38_143685_box_Incident_Summaries_101-172
Agency: Department of War
Page 137
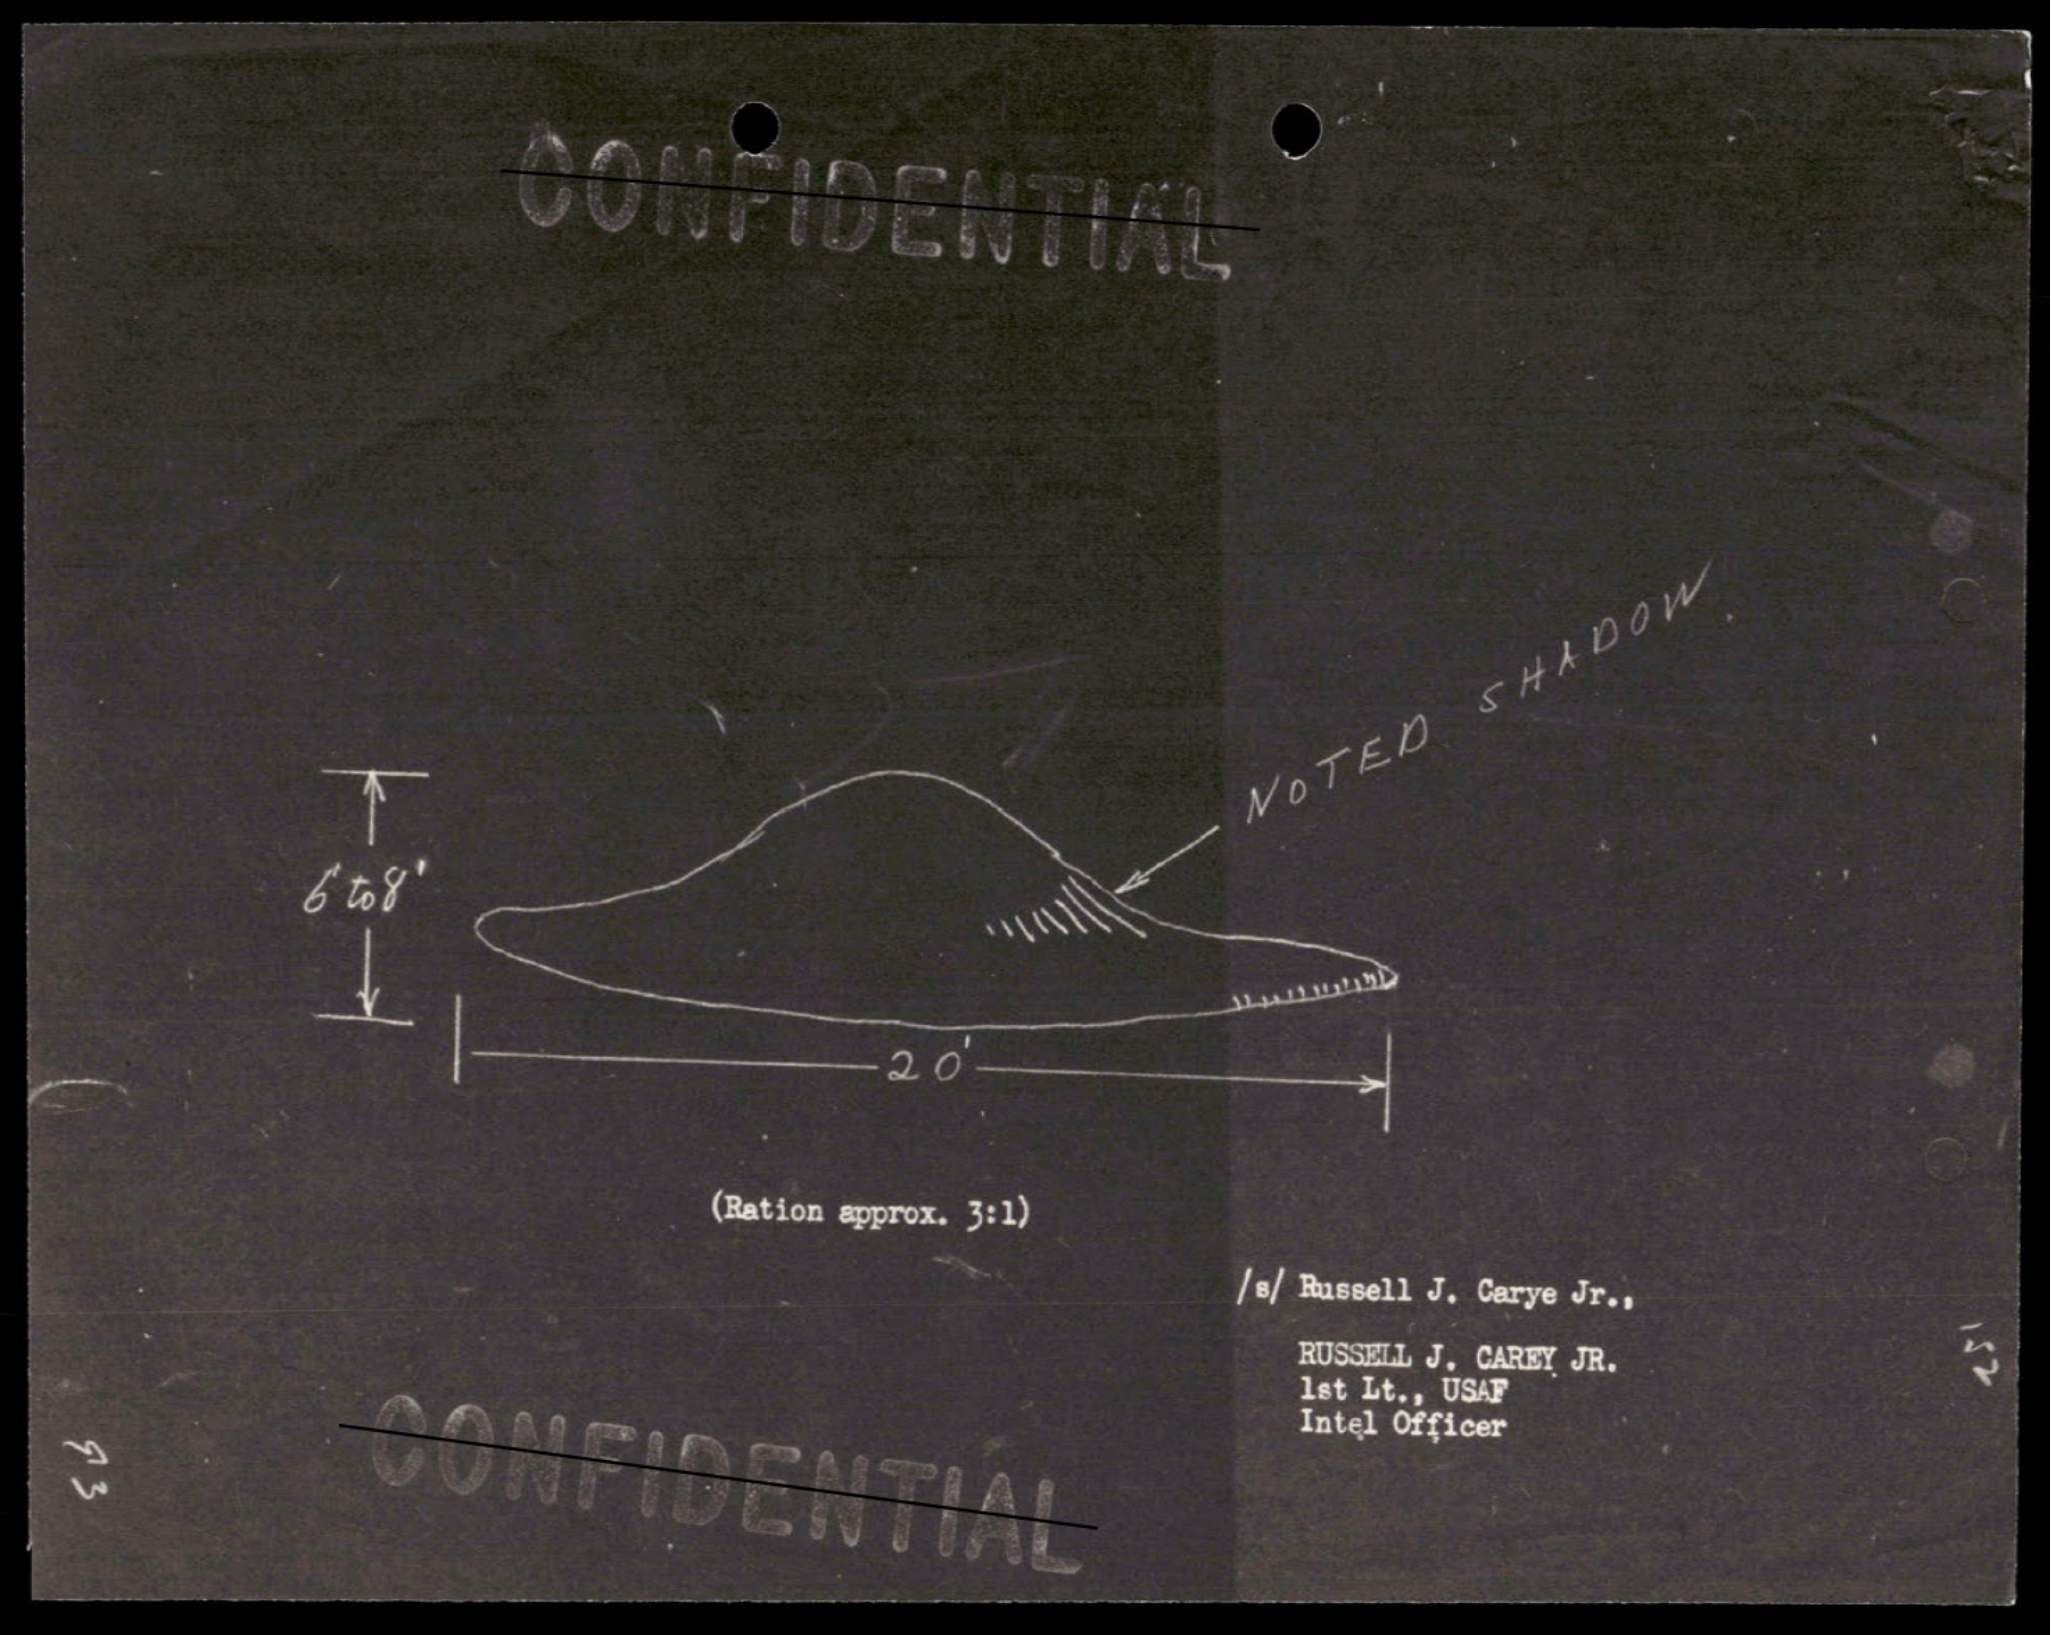